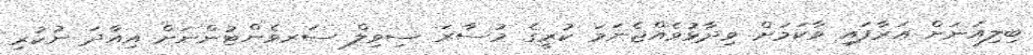
ބިލިއަނަށް އަރާފައި ވާކަމަށް ވިދާޅުވެއްޖެނަމަ ކުރީގެ މުސާރަ ސިވިލް ސަރވެންޓުންނަށް އިއާދަ ނުކުރި